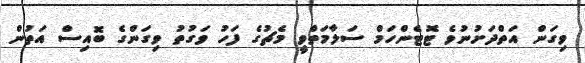
ވިގަން އަތްދަށުނުވެ ޓޮޓެންހަމް ސަލާމަތްވީ މެޗުގެ ފަހު ވަގުތު ވިގަންގެ ބޮއިސް އަތުން